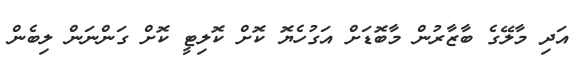
އަދި މާލޭގެ ބާޒާރުން މާބޮޑަށް އަގުހެޔޮ ކޮށް ކޮލިޓީ ކޮށް ގަންނަން ލިބެން